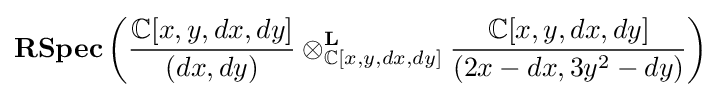
{\textbf {RSpec}}\left({\frac {\mathbb {C} [x,y,dx,dy]}{(dx,dy)}}\otimes _{\mathbb {C} [x,y,dx,dy]}^{\mathbf {L} }{\frac {\mathbb {C} [x,y,dx,dy]}{(2x-dx,3y^{2}-dy)}}\right)